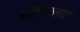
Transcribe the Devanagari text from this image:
कलिंगसम्राट्